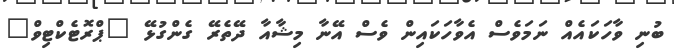
ބުނި ވާހަކައެއް ނަމަވެސް އެވާހަކައިން ވެސް އޭނާ މިޝާއާ ދޭތެރޭ ގެންގުޅޭ "ޕްރޮޓެކްޓިވް"